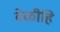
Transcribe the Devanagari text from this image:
वेळीहि